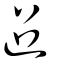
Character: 迢